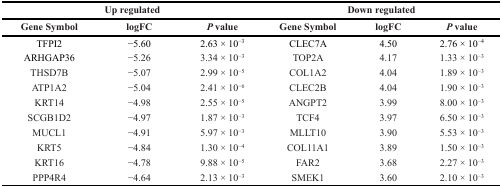
<table><thead><tr><td colspan="3"><b>Up regulated</b></td><td colspan="3"><b>Down regulated</b></td></tr><tr><td><b>Gene Symbol</b></td><td><b>logFC</b></td><td><b><i>P</i> value</b></td><td><b>Gene Symbol</b></td><td><b>logFC</b></td><td><b><i>P</i> value</b></td></tr></thead><tbody><tr><td>TFPI2</td><td>−5.60</td><td>2.63 × 10<sup>−3</sup></td><td>CLEC7A</td><td>4.50</td><td>2.76 × 10<sup>−4</sup></td></tr><tr><td>ARHGAP36</td><td>−5.26</td><td>3.34 × 10<sup>−3</sup></td><td>TOP2A</td><td>4.17</td><td>1.33 × 10<sup>−3</sup></td></tr><tr><td>THSD7B</td><td>−5.07</td><td>2.99 × 10<sup>−5</sup></td><td>COL1A2</td><td>4.04</td><td>1.89 × 10<sup>−3</sup></td></tr><tr><td>ATP1A2</td><td>−5.04</td><td>2.41 × 10<sup>−6</sup></td><td>CLEC2B</td><td>4.04</td><td>1.90 × 10<sup>−3</sup></td></tr><tr><td>KRT14</td><td>−4.98</td><td>2.55 × 10<sup>−5</sup></td><td>ANGPT2</td><td>3.99</td><td>8.00 × 10<sup>−3</sup></td></tr><tr><td>SCGB1D2</td><td>−4.97</td><td>1.87 × 10<sup>−3</sup></td><td>TCF4</td><td>3.97</td><td>6.50 × 10<sup>−3</sup></td></tr><tr><td>MUCL1</td><td>−4.91</td><td>5.97 × 10<sup>−3</sup></td><td>MLLT10</td><td>3.90</td><td>5.53 × 10<sup>−3</sup></td></tr><tr><td>KRT5</td><td>−4.84</td><td>1.30 × 10<sup>−4</sup></td><td>COL11A1</td><td>3.89</td><td>1.50 × 10<sup>−3</sup></td></tr><tr><td>KRT16</td><td>−4.78</td><td>9.88 × 10<sup>−5</sup></td><td>FAR2</td><td>3.68</td><td>2.27 × 10<sup>−3</sup></td></tr><tr><td>PPP4R4</td><td>−4.64</td><td>2.13 × 10<sup>−3</sup></td><td>SMEK1</td><td>3.60</td><td>2.10 × 10<sup>−3</sup></td></tr></tbody></table>